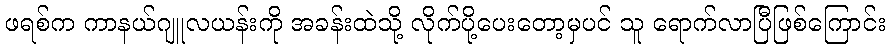
ဖရစ်က ကာနယ်ဂျူလယန်းကို အခန်းထဲသို့ လိုက်ပို့ပေးတော့မှပင် သူ ရောက်လာပြီဖြစ်ကြောင်း